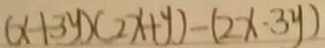
( x - 1 3 y ) ( 2 x + y ) - ( 2 x \cdot 3 y )